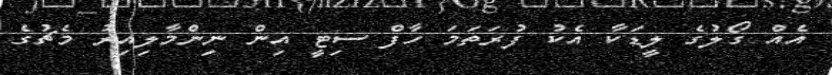
އެއް ގޯލުގެ ލީޑަކާ އެކު ފުރަތަމަ ހާފް ސިޓީ އިން ނިންމާލިއިރު މެޗުގެ